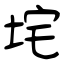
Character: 垞